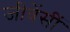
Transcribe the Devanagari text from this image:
जीवेंसीं